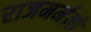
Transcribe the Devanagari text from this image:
राजमर्मज्ञों